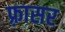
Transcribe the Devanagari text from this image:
फ़्रासर